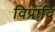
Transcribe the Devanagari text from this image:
विप्रादि